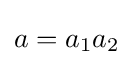
a=a_{1}a_{2}